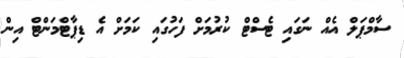
ސާމްޕަލް އެއް ނަގައި ޓެސްޓް ކުރުމަށް ފަހުގައި ކަމަށް އެ ޑިޕާޓްމަންޓް އިން